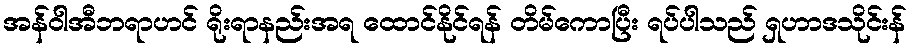
အန်ဝါအီဘရာဟင် ရိုးရာနည်းအရ ထောင်နိုင်ရန် တိမ်ကောပြီး ရပ်ပါသည် ရှဟာဒသိုင်းန်